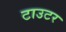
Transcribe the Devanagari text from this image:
टाउटर